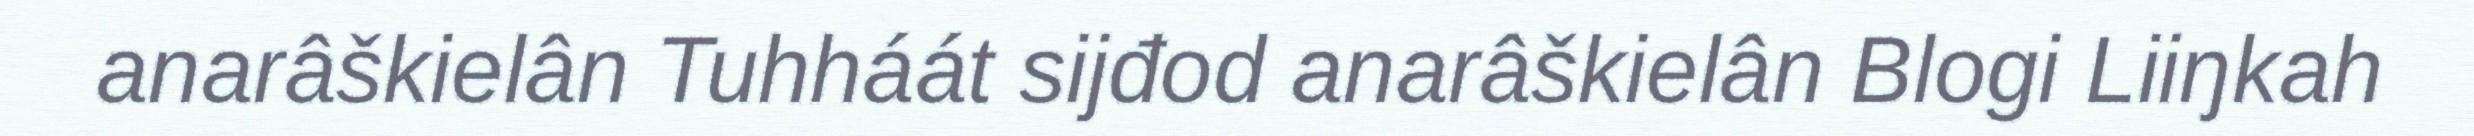
anarâškielân Tuhháát sijđod anarâškielân Blogi Liiŋkah